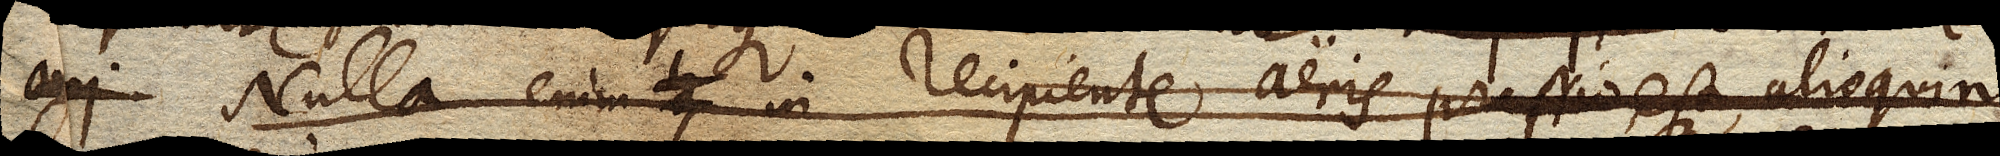
Nulla enim in recipiente aeris pressio est, alioquin